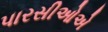
પારસીઓએ